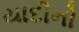
યાદીનો